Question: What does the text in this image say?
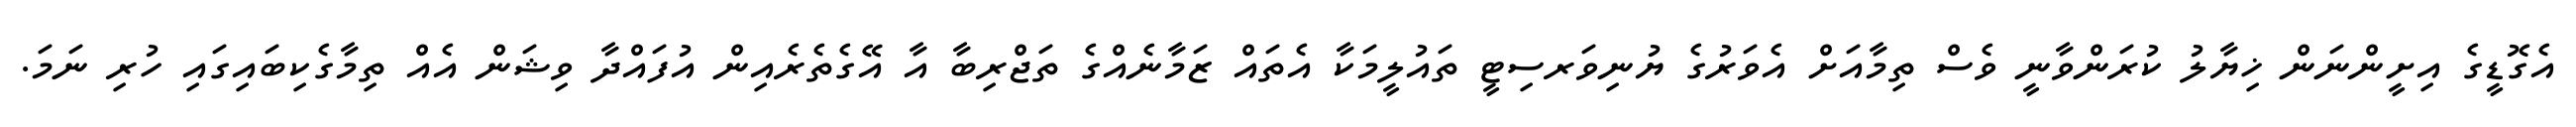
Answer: އެގޮޑީގެ އިށީންނަން ޚިޔާލު ކުރަންވާނީ ވެސް ތިމާއަށް އެވަރުގެ ޔުނިވަރސިޓީ ތައުލީމަކާ އެތައް ޒަމާނެއްގެ ތަޖްރިބާ އާ އޭގެތެރެއިން އުފައްދާ ވިޝަން އެއް ތިމާގެކިބައިގައި ހުރި ނަމަ.